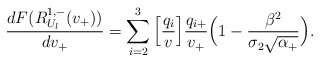
\begin{align*}\frac{dF(R_{U_l}^{1,-}(v_+))}{dv_+}= \sum_{i=2}^3 \Big[\frac{q_i}{v}\Big] \frac{q_{i+}}{v_+} \Big( 1 - \frac{\beta^2 }{\sigma_2 \sqrt{\alpha_+}} \Big).\end{align*}